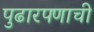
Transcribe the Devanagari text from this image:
पुढारपणाची